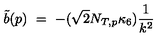
\tilde { b } ( p ) \ = \ - ( \sqrt { 2 } N _ { T , p } \kappa _ { 6 } ) \frac { 1 } { k ^ { 2 } }